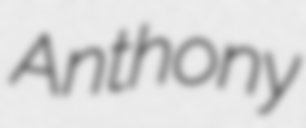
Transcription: Anthony